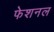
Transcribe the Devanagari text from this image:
फेशनल